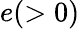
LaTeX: e(>0)